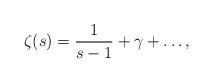
\begin{align*}\zeta(s)=\frac{1}{s-1}+\gamma+\dots,\end{align*}